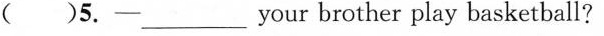
( )5.—___your brother play basketball?